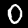
Label: 0